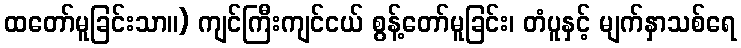
ထတော်မူခြင်းသာ။) ကျင်ကြီးကျင်ငယ် စွန့်တော်မူခြင်း၊ တံပူနှင့် မျက်နှာသစ်ရေ